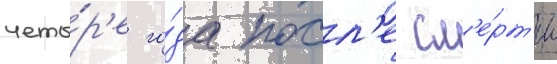
четы́р'е го́да посл'е см'е́рт'и